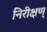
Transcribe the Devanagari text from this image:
निरीक्षण्